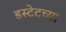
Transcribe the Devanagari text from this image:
इस्टेटच्या